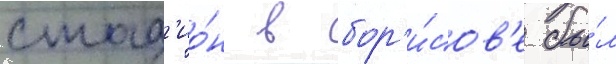
стад'ио́н в бор'и́сов'е бы́л